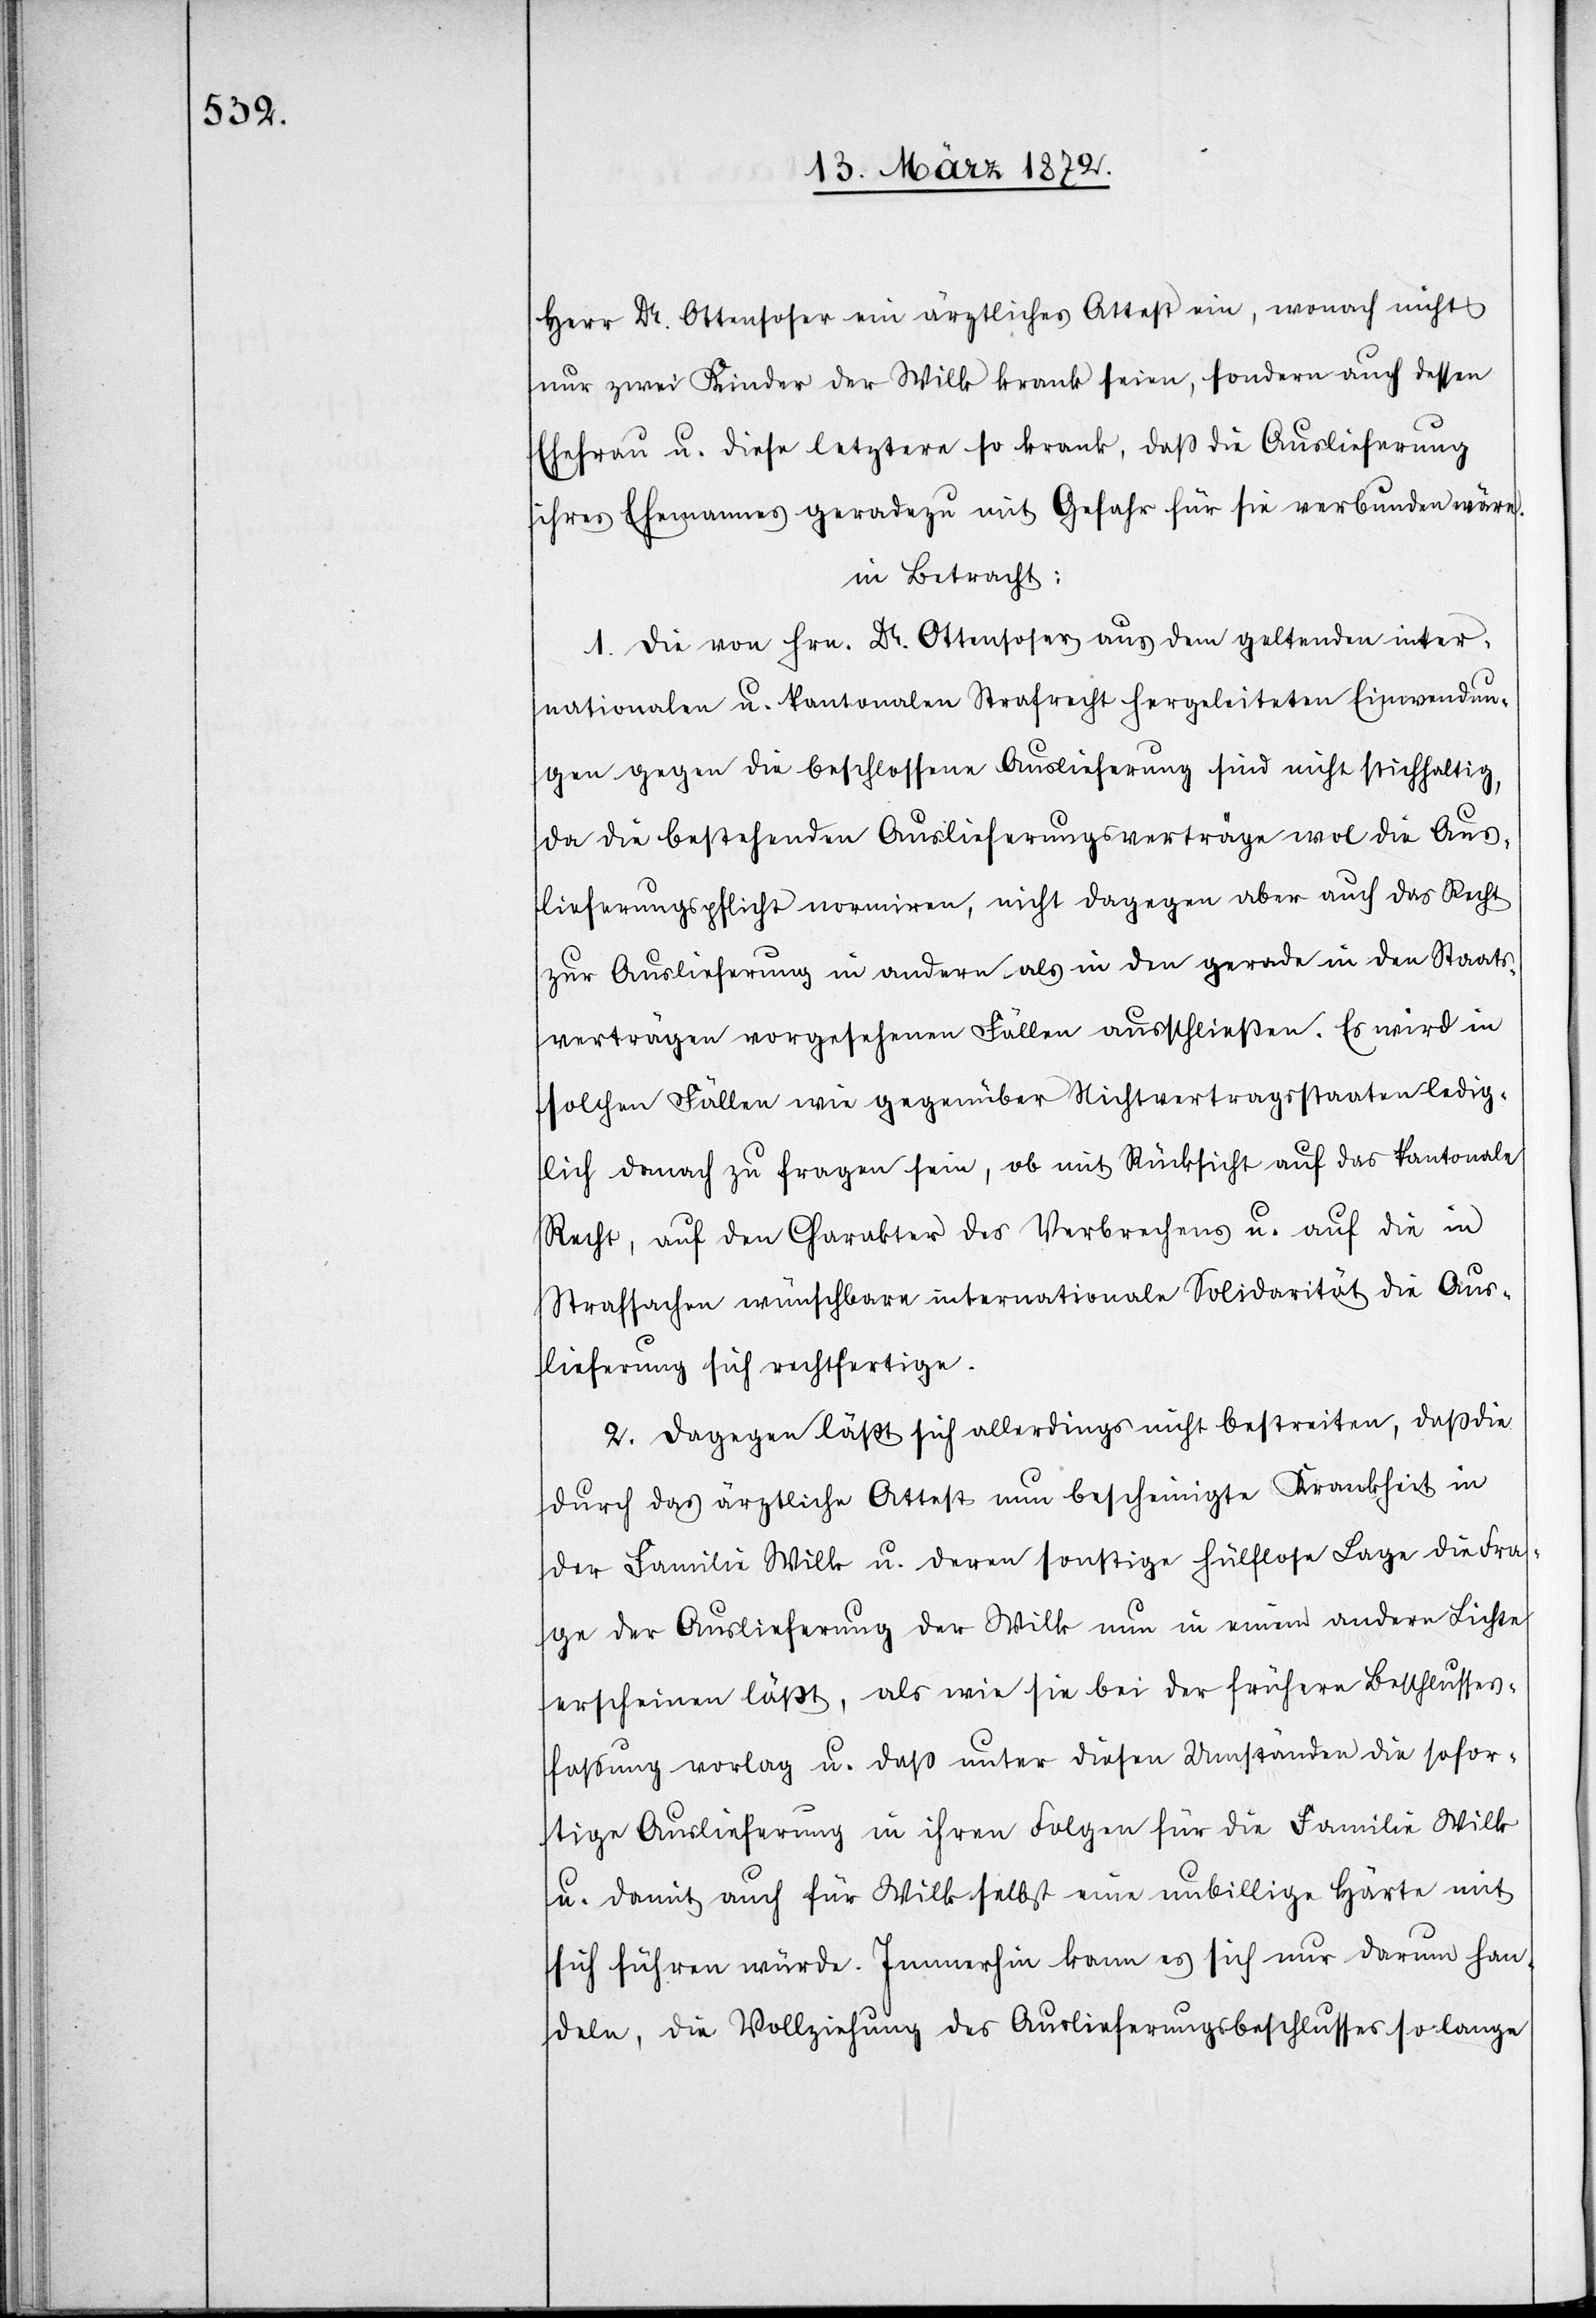
Herr Dr. Ottensoser ein ärztliches Attest ein, wonach nicht
nur zwei Kinder der Wilk krank seien, sondern auch dessen
Ehefrau u. diese letztere so krank, daß die Auslieferung
ihres Ehemannes geradezu mit Gefahr für sie verbunden wäre.
in Betracht:
1. Die von Hrn. Dr. Ottensoser aus dem geltenden inter¬
nationalen u. kantonalen Strafrecht hergeleiteten Einwendun¬
gen gegen die beschlossene Auslieferung sind nicht stichhaltig,
da die bestehenden Auslieferungsverträge wol die Aus¬
lieferungspflicht normiren, nicht dagegen aber auch das Recht
zur Auslieferung in andern als in den gerade in den Staats¬
verträgen vorgesehenen Fällen ausschließen. Es wird in
solchen Fällen wie gegenüber Nichtvertragsstaaten ledig¬
lich danach zu fragen sein, ob mit Rücksicht auf das kantonale
Recht, auf den Charakter des Verbrechens u. auf die in
Strafsache wünschbare internationale Solidarität die Aus¬
lieferung sich rechtfertige.
2. Dagegen läßt sich allerdings nicht bestreiten, daß die
durch das ärztliche Attest nun bescheinigte Krankheit in
der Familie Wilk u. deren sonstige hülflose Lage die Fra¬
ge der Auslieferung der Wilk nun in einem anderen Lichte
erscheinen läßt, als wie sie bei der frühern Beschlusses¬
fassung vorlag u. daß unter diesen Umständen die sofor¬
tige Auslieferung in ihren Folgen für die Familie Wilk
u. damit auch für Wilk selbst eine unbillige Härte mit
sich führen würde. Immerhin kann es sich nur darum han¬
deln, die Vollziehung des Auslieferungsbeschlusses so lange